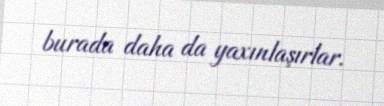
burada daha da yaxınlaşırlar.